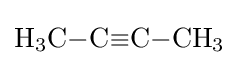
{\ce {H3C-C#C-CH3}}